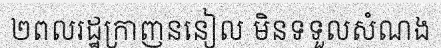
២ពលរដ្ឋក្រាញននៀល មិនទទួលសំណង